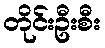
တိုင်းဦးစီး